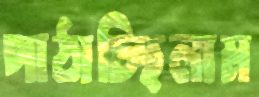
পাঠাচ্ছিলাম